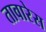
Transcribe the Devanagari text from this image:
तावारेस